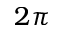
2 \pi